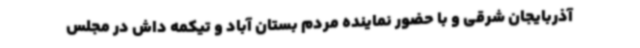
آذربایجان شرقی و با حضور نماینده مردم بستان آباد و تیکمه داش در مجلس